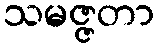
သမဇ္ဇတာ